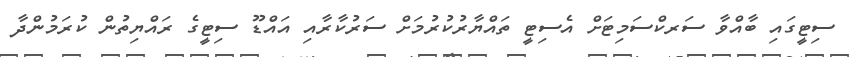
ސިޓީގައި ބާއްވާ ސަރކްސަމިޓަށް އެސިޓީ ތައްޔާރުކުރުމަށް ސަރުކާރާއި އައްޑޫ ސިޓީގެ ރައްޔިތުން ކުރަމުންދާ